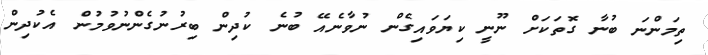
ތިމަންނަ ބުނާ ގޮތަކަށް ނޫނީ ކިޔަވައިގެން ނުވާނެއޭ ބުނެ ކުދިން ބިރުނުގެންނުވުމުން އެކުދިން